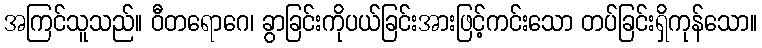
အကြင်သူသည်။ ဝီတရောဂေ၊ ခွာခြင်းကိုပယ်ခြင်းအားဖြင့်ကင်းသော တပ်ခြင်းရှိကုန်သော။